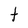
Character: t